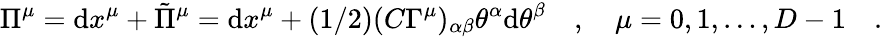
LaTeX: \Pi^{\mu}=\mathrm{d}x^{\mu}+{\tilde{{\Pi}}}^{\mu}=\mathrm{d}x^{\mu}+(1/2)(C\Gamma^{\mu})_{\alpha\beta}\theta^{\alpha}\mathrm{d}\theta^{\beta}\quad,\quad\mu=0,1,\dots,D-1\quad.